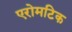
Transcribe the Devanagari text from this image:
एरोमटिक